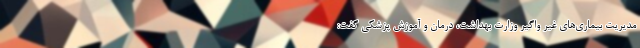
مدیریت بیماری‌های غیر واگیر وزارت بهداشت، درمان و آموزش پزشکی گفت: